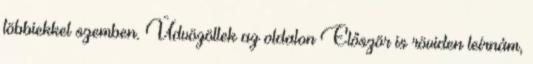
többiekkel szemben. Üdvözöllek az oldalon Először is röviden leírnám,